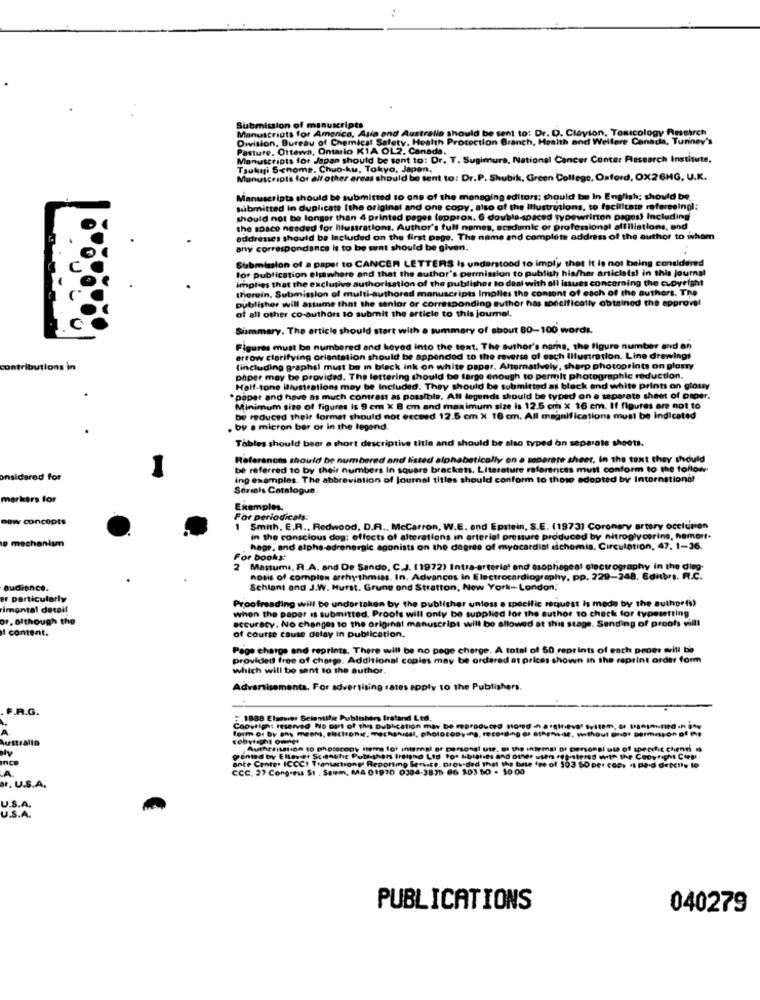
Submission of manuscripts
Manuscripts for America, Asia and Australie should be sent to: Dr. D. Clayton, Toxicology Research
Ith Protection Branch, Health and Welfare Canada, Turiney's
Pasture, Ottawa, Ontario KIA OL2, Canada.
Manuscripts for Japan should be sent to: Dr. T. Sugimura, National Cancer Center Research Institute.
Tsukiji S<nome, Chuo-ku, Tokyo, Japan.
Manuscripts for all other areas should be sent to: Dr.P. Shubik, Green College, Oxford, OX26HG, U.K.
Manuscripts should be submitted to one of the managing editors; should be In English; should be.
submitted In duplicate (the original and one copy, also of the Illustrutions, to facilitate refereeingl:
should not be longer than 4 printed pages (approx. 6 double-spaced typewritton pagos) Including
the space needed for illustrations. Author's full names, scedumic or professional affiliations, and
addresses should be Included on the first page. The name and complete address of the author to whom
any correspondance is to be sent should be given.
Submission of a paper to CANCER LETTERS is understood to imply that It is not being considered
for publication elsewhere and that the author's permission to publish his/her articles! in this journal
implies that the exclusive authorisation of the publisher to deal with all issues concerning the copyright
therein, Submission of multi-authored manuscripts Implies the content of each of the authors. The
publisher will assume that the sanlor or corresponding author has specifically obtained the approval
of all other co-authors to submit the article to this journal.
Summary. The article should start with a summary of about 80-100 words.
Figures must be numbered and keyed into the text. The author's name, the figure number and an
arrow clarifying orientation should be appendod to the reverse of each Illustration. Line drawings
contributions in
(including graphsl must be in black ink on white paper. Alternatively, sharp photoprints on glossy
phper may be provided. The lettering should be large enough to permit photographic reduction.
Half-tone illustrations may be Included. They should be submitted as black and white prints on glouy
. paper and have as much contrast as possible. All legends should be typed on a separate sheet of paper.
Minimum size of figures is 9 cm X 8 cm and maximum size is 12.5 cm x 16 em. If figures are not to
be reduced their format should not exceed 12.5 cm x 16 cm. All m
ations must be indicated
. by a micron bar or in the legend.
Tables should beer a short descriptive title and should be also typed on separate shoots.
References should be numbered and listed alphabetically on a separate sheet, in the text they should
be referred to by their numbers in square brackets, Literature references must conform to the follow-
onsidered for
ing examples. The abbreviation of journal titles should conform to those adopted by International
Serials Catalogue.
markers for
Examples.
new concepts
For periodicals.
Smith, E.R ., Redwood, D.R ., Mccarron, W.E. end Epstein, S.E. (1973) Coronary artery occlusion
10 mechaniun
in the conscious dog: effects of alterations in arterial pressure produced by nitroglycerine, hamort-
hage, and alpha-adrenergic agonists on the degree of myocardial schemia. Circulation, 47. 1-36.
For books:
2 Massumi, R.A. and De Sando, C.J. (1972) Intra-arterial ond esophageal electrography in the dieg-
nosis of complex arrhythmias. In. Advances in Electrocardiogram, pp. 229-248. Editors. R.C.
audience.
Schiant and J.W. Hurst. Grune ond Stratton, New York-London,"
er particularly
Proofreading will be undertaken by the publisher unless a specific request is mede by the authoris)
imontal detoil
when the paper is submitted. Proofs will only be supplied for the author to check for typesetting
or. although the
accuracy. No changes to the original manuscript will be allowed at this stage. Sending of proofs vill!
1 coment.
of course cause delay in publication.
Page charge and reprints. There will be no pege charge. A total of 50 reprints of each pones will be
provided free of charge. Additional copies may be ordered at prices shown in the reprint order form
which will be sent to the author.
Advertisementa. For advertising rates apply to the Publishers.
F.R.G.
1888 Elsevier Scientific Publishers tratand Ltd.
form or by ans meer, electronic, mechanical, photocopying, recording of athensdie, thout Dr-bt permission of the
Coovtlph: reserved No part of this publication may be reproduced stored in attiva system, de pannedina
strallo
cobytaght Oume+
Authorisation to photocopy thema lot internal of personal ute, si the intemal of personal use of specific chenni
ginted by Ellever Sciathe Publ-thors Ireland Ltd Fot bollres and other usen registered with the CopyNicht Ciep-
ante Center ICCCI Transaction Reporting Sens.ce, nios-ded that the bate fee of 303 SO per copy +1 Dad deactiv to
CCC. 27 Congress $1 , Seum, MA 01970 0304-3835 86 503 50 - 50 00
.r. U.S.A.
U.S.A.
U.S.A.
PUBLICATIONS
040279